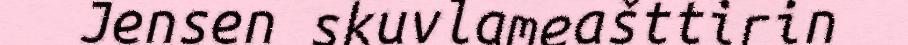
Jensen skuvlameašttirin